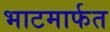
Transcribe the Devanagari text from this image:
भाटमार्फत